Vaccination in Bombay 1863-1868 - 1863-1868
Year: 1863
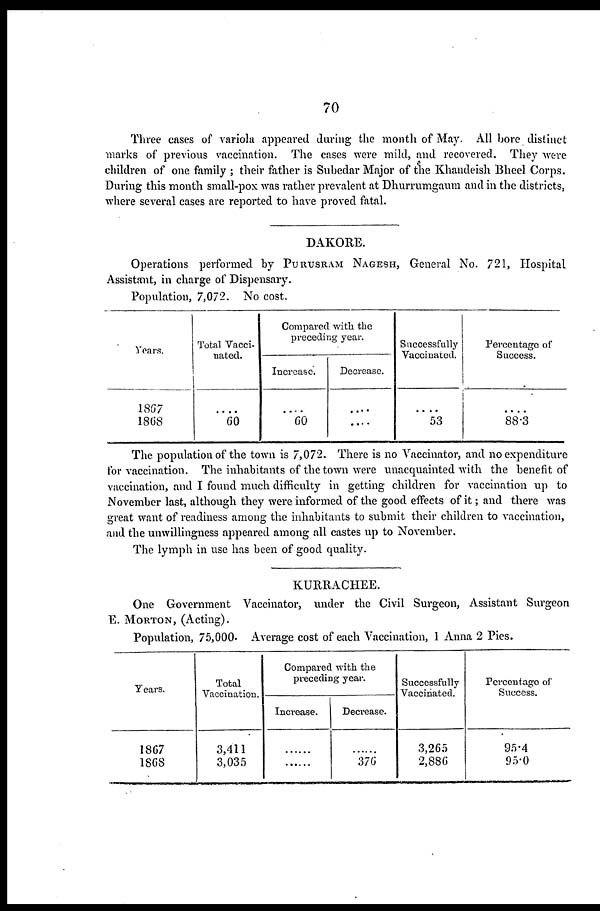
70
Three cases of variola appeared during the month of May. All bore distinct
marks of previous vaccination. The cases were mild, and recovered. They were
children of one family ; their father is Subedar Major of the Khandeish Bheel Corps.
During this month small-pox was rather prevalent at Dhurrumgaum and in the districts,
where several cases are reported to have proved fatal.
DAKORE.
Operations performed by PURUSRAM NAGESH, General No. 721, Hospital
Assistant, in charge of Dispensary.
Population, 7,072. No cost.
Years.
1867
1868
Total Vacci-
nated.
....
60
Compared with the
preceding year.
Increase.
....
60
Decrease.
....
....
Successfully
Vaccinated.
....
53
Percentage of
Success.
....
88.3
The population of the town is 7,072. There is no Vaccinator, and no expenditure
for vaccination. The inhabitants of the town were unacquainted with the benefit of
vaccination, and I found much difficulty in getting children for vaccination up to
November last, although they were informed of the good effects of it; and there was
great want of readiness among the inhabitants to submit their children to vaccination,
and the unwillingness appeared among all castes up to November.
The lymph in use has been of good quality.
KURRACHEE.
One Government Vaccinator, under the Civil Surgeon, Assistant Surgeon
E. MORTON, (Acting).
Population, 75,000. Average cost of each Vaccination, 1 Anna 2 Pies.
Years.
1867
1868
Total
Vaccination.
3,411
3,035
Compared with the
preceding year.
Increase.
......
......
Decrease.
......
376
Successfully
Vaccinated.
3,265
2,886
Percentage of
Success.
95.4
95.0